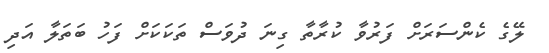
ލޭގެ ކެންސަރަށް ފަރުވާ ކުރާތާ ގިނަ ދުވަސް ތަކަކަށް ފަހު ބަތަލާ އަދި